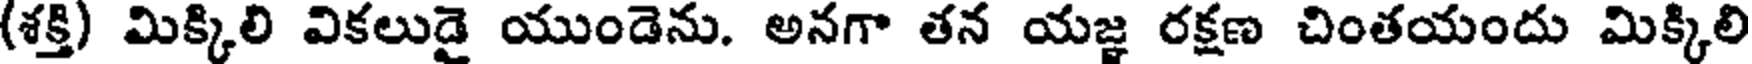
(శక్తి) మిక్కిలి వికలుడై యుండెను. అనగా తన యజ్ఞ రక్షణ చింతయందు మిక్కిలి